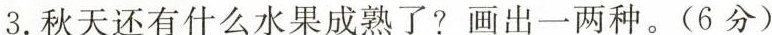
3. 秋天还有什么水果成熟了？画出一两种。(6分)